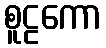
စူဠကော